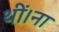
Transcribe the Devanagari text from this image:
थीं।ना